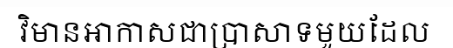
វិមានអាកាសជាប្រាសាទមួយដែល